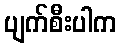
ပျက်စီးပါက